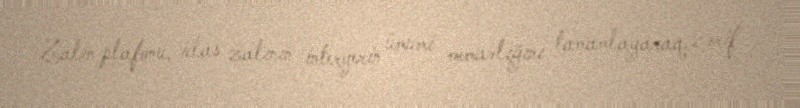
Zalın plafonu, iclas zalının interyerin ümumi memarlığını tamamlayaraq, zərif